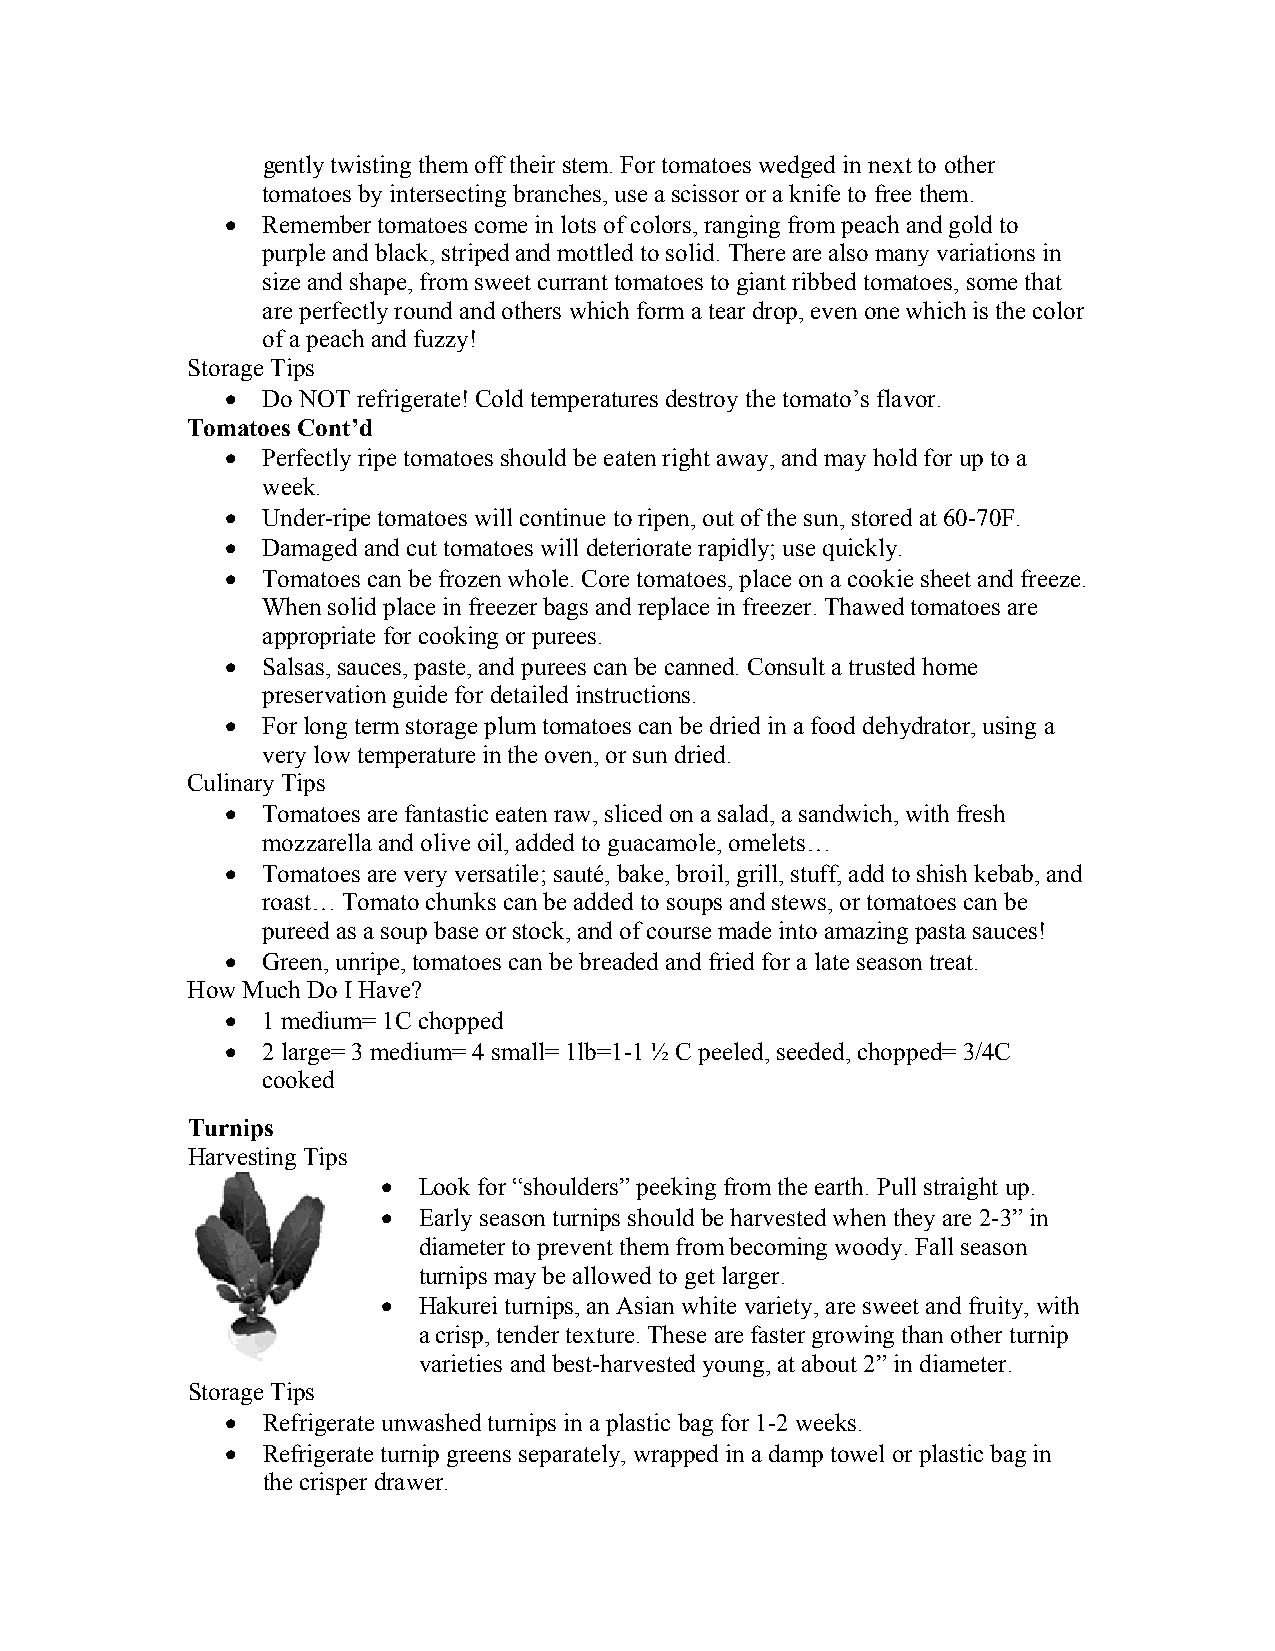
gently twisting them off their stem. For tomatoes wedged in next to other
 tomatoes by intersecting branches, use a scissor or a knife to free them.
  Remember tomatoes come in lots of colors, ranging from peach and gold to
 purple and black, striped and mottled to solid. There are also many variations in
 size and shape, from sweet currant tomatoes to giant ribbed tomatoes, some that
 are perfectly round and others which form a tear drop, even one which is the color
 of a peach and fuzzy!
 Storage Tips
  Do NOT refrigerate! Cold temperatures destroy the tomato’s flavor.
 Tomatoes Cont’d
  Perfectly ripe tomatoes should be eaten right away, and may hold for up to a
 week.
  Under-ripe tomatoes will continue to ripen, out of the sun, stored at 60-70F.
  Damaged and cut tomatoes will deteriorate rapidly; use quickly.
  Tomatoes can be frozen whole. Core tomatoes, place on a cookie sheet and freeze.
 When solid place in freezer bags and replace in freezer. Thawed tomatoes are
 appropriate for cooking or purees.
  Salsas, sauces, paste, and purees can be canned. Consult a trusted home
 preservation guide for detailed instructions.
  For long term storage plum tomatoes can be dried in a food dehydrator, using a
 very low temperature in the oven, or sun dried.
 Culinary Tips
  Tomatoes are fantastic eaten raw, sliced on a salad, a sandwich, with fresh
 mozzarella and olive oil, added to guacamole, omelets…
  Tomatoes are very versatile; sauté, bake, broil, grill, stuff, add to shish kebab, and
 roast… Tomato chunks can be added to soups and stews, or tomatoes can be
 pureed as a soup base or stock, and of course made into amazing pasta sauces!
  Green, unripe, tomatoes can be breaded and fried for a late season treat.
 How Much Do I Have?
  1 medium= 1C chopped
  2 large= 3 medium= 4 small= 1lb=1-1 ½ C peeled, seeded, chopped= 3/4C
 cooked
 Turnips
 Harvesting Tips
   Look for “shoulders” peeking from the earth. Pull straight up.
   Early season turnips should be harvested when they are 2-3” in
 diameter to prevent them from becoming woody. Fall season
 turnips may be allowed to get larger.
   Hakurei turnips, an Asian white variety, are sweet and fruity, with
 a crisp, tender texture. These are faster growing than other turnip
 varieties and best-harvested young, at about 2” in diameter.
 Storage Tips
  Refrigerate unwashed turnips in a plastic bag for 1-2 weeks.
  Refrigerate turnip greens separately, wrapped in a damp towel or plastic bag in
 the crisper drawer.